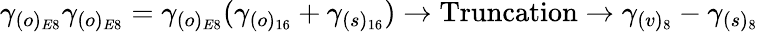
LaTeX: \gamma_{(o)_{E8}}\gamma_{(o)_{E8}}=\gamma_{(o)_{E8}}(\gamma_{(o)_{16}}+\gamma_{(s)_{16}})\rightarrow\mathrm{Truncation}\rightarrow\gamma_{(v)_{8}}-\gamma_{(s)_{8}}\,